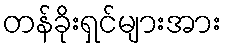
တန်ခိုးရှင်များအား